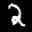
Label: 2